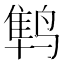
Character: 𱊛